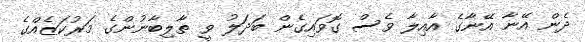
ދެން އޭނާ އޭނާގެ އާއިލާ ވެސް ގޮވައިގެން ބަދަލު ވީ ޠާލިބާނުންގެ މަރުކަޒެއްގެ